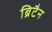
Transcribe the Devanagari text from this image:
ब्रिटैन